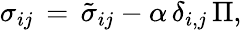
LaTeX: \sigma_{ij}\, =\, \tilde{\sigma}_{ij}-\alpha\, \delta_{i,j}\, \Pi,